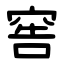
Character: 窖